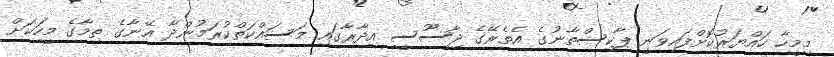
މިމީހާ ހައްޔަރުކޮށްފައިވަނީ ޕާކިސްތާނުގެ އެތެރޭގެ ޖާސޫސީ އިދާރާގައި މަސައްކަތްކުރަމުންދާ އޭނާގެ ތިމާގެ މީހަކަށް